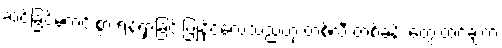
ဆင်ခြင်မဲ့ကင်းစွာ ရန်ရှာခြင်းပြုနိုင်လေသည်ဟု တစ်လီ တစ်ခန်း တွေးထင်ချက်